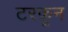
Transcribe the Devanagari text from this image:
टरकून